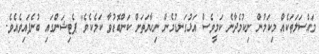
މައްސަލަތަކެއް މިކަމުން ނިކުމެދާނެ ކަމީވެސް އަޅުގަނޑުމެން ނިހާޔަތަށް ކަންބޮޑުވާ ކަމެކެވެ" ޕެޓިޝަންގައި ބުނެފައިވެއެވެ.